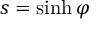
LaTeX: s = \sinh \varphi